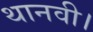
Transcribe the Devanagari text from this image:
थानवी।